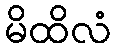
မိထိလံ